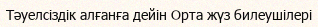
Тәуелсіздік алғанға дейін Орта жүз билеушілері